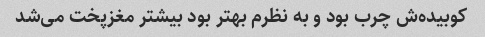
کوبیده‌ش چرب بود و به نظرم بهتر بود بیشتر مغزپخت می‌شد